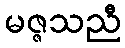
မဇ္ဇသညီ